Vaccination in Bombay 1874-1876 - 1874-1876
Year: 1874
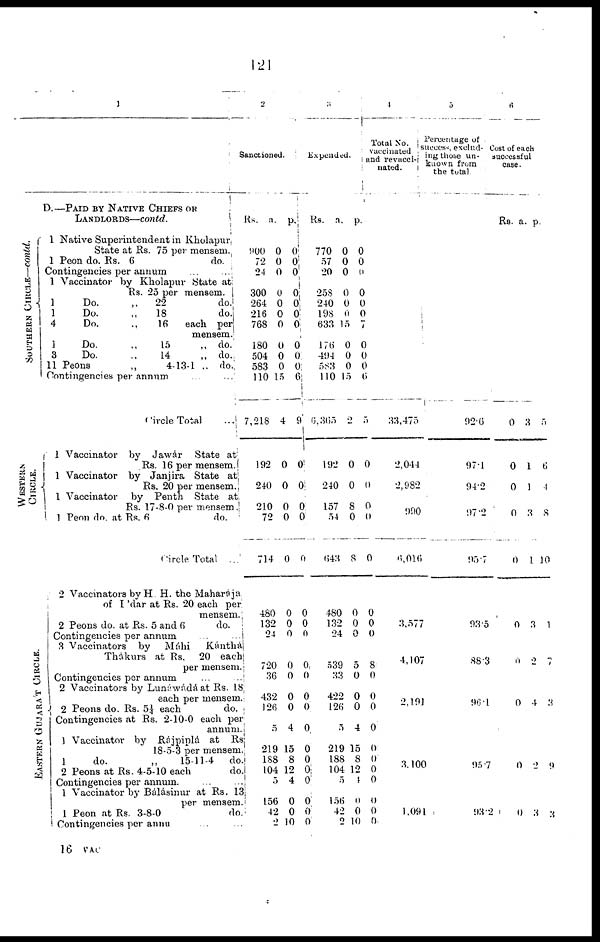
121
1
D. —PAID BY NATIVE CHIEFS OR
LANDLORDS—contd.
SOUTHERN CIRCLE—contd.
WESTERN
CIRCLE.
EASTERN GUJARAT CIRCLE.
1 Native Superintendent in Kholapur,
State at Rs. 75 per mensem..
1 Peon do. Rs. 6
do.
Contingencies per annum ... ...
1 Vaccinator by Kholapur State at;
Rs. 25 per mensem.
1
Do.
„
22
do.
1
Do.
„
18
do.
4
Do.
„
16
each
per
mensem.
1
Do.
„
15
„
do.
3
Do.
„
14
„
do.
11 Peons
„
4-13-1 „ do.
Contingencies per annum
Circle Total
...
1 Vaccinator
by Jawár
State at
Rs. 16 per mensem.
1 Vaccinator by Janjira State at
Rs. 20 per mensem.
1 Vaccinator
by Penth
State at,
Rs. 17-8-0 per mensem .
1 Peon do. at Rs. 6
do.
Circle Total ...
2 Vaccinators by H. H. the Maharaja
of I 'dar at Rs. 20 each per
mensem.
2 Peons do. at Rs. 5 and 6
do.
Contingencies per annum
...
...
3 Vaccinators
by
Máhi
Kánthá
Thakurs at Rs.
20 each
per mensem.
Contingencies per annum
...
...
2 Vaccinators by Lunáwadá at Rs. 18
each per mensem.
2 Peons do. Rs. 5¼ each
do.
Contingencies at Rs. 2-10-0 each per
annum.;
1 Vaccinator by Rajpiplá at
Rs:
8-5-3 per mensem.
1
do.
„
15-11-4
do.
2 Peons at Rs. 4-5-10 each
do.
Contingencies per annum. ... ...
1 Vaccinator by Bálásinur at Rs. 13
per mensem,
1 Peon at Rs. 3-8-0
do.
Contingencies per annu ... ...
2
Sanctioned.
Rs.
900
72
24
300
264
216
768
180
504
583
110
7,218
192
240
210
72
714
480
132
24
720
36
432
126
5
219
188
104
5
156
42
2
a.
0
0
0
0
0
0
0
0
0
0
15
4
0
0
0
0
0
0
0
0
0
0
0
0
4
15
8
12
4
0
0
10
p.
0
0 0
0
0
0
0
0
0
0
6
9
0
0
0
0
0
0
0
0
0
0
0
0
0
0
0
0
0
0
0
0
3
Expended.
Rs.
770
57
20
258
240
198
633
176
494
583
110
6,365
192
240
157
54
643
480
132
24
539
33
422
126
5
219
188
104
5
156
42
2
a.
0
0
0
0
0
0
15
0
0
0
15
2
0
0
8
0
8
0
0
0
5
0
0
0
4
15
8
12
4
0
0
10
p.
0
0
0
0
0
0
7
0
0
0
6
5
0
0
0
0
0
0
0
0
8
0
0
0
0
0
0
0
0
0
0
0
4
Total
No.
vaccinated
and revacci¬
nated.
33,475
2,044
2,982
990
6,016
3.577
4,107
2,191
3,100
1,091
5
Percentage of
Success, exclud-
--- those un-
known from
the total.
92.6
97.1
94.2
97.2
95.7
93.5
88.3
96.1
95.7
93.2
6
Cost of each
successful
case.
Rs.
0
0
0
0
0
0
0
0
0
0
a.
3
1
1
3
1
3
2
4
2
3
p.
5
6
1
8
10
1
7
3
9
3
16 VAC